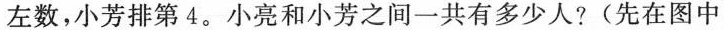
左数，小芳排第 4。小亮和小芳之间一共有多少人?(先在图中